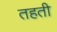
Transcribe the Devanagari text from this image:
तहती